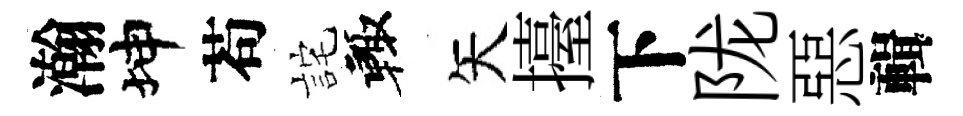
瀚坤苟詫輙矢擡下陇惡輯